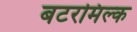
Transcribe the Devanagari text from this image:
बटरमिल्क